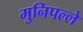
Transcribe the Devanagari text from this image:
मुनिपल्ले